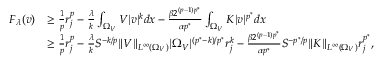
\begin{array} { r l } { F _ { \lambda } ( v ) } & { \ge \frac { 1 } { p } r _ { j } ^ { p } - \frac { \lambda } { k } \int _ { \Omega _ { V } } V | v | ^ { k } d x - \frac { \beta 2 ^ { ( p - 1 ) p ^ { * } } } { \alpha p ^ { * } } \int _ { \Omega _ { V } } K | v | ^ { p ^ { * } } d x } \\ & { \ge \frac { 1 } { p } r _ { j } ^ { p } - \frac { \lambda } { k } S ^ { - k / p } \| V \| _ { L ^ { \infty } ( \Omega _ { V } ) } | \Omega _ { V } | ^ { ( p ^ { * } - k ) / p ^ { * } } r _ { j } ^ { k } - \frac { \beta 2 ^ { ( p - 1 ) p ^ { * } } } { \alpha p ^ { * } } S ^ { - p ^ { * } / p } \| K \| _ { L ^ { \infty } ( \Omega _ { V } ) } r _ { j } ^ { p ^ { * } } , } \end{array}